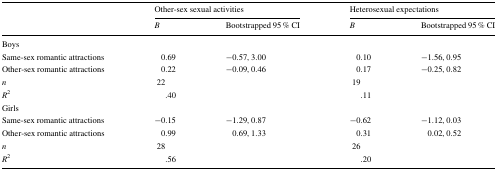
| <ROWSPAN=2>  | <COLSPAN=2> Other-sex sexual activities | <COLSPAN=2> Heterosexual expectations |
 | B | Bootstrapped 95 % CI | B | Bootstrapped 95 % CI |
 | --- | --- | --- | --- | --- |
 | Boys |  |  |  |  |
 | Same-sex romantic attractions | 0.69 | −0.57, 3.00 | 0.10 | −1.56, 0.95 |
 | Other-sex romantic attractions | 0.22 | −0.09, 0.46 | 0.17 | −0.25, 0.82 |
 | n | 22 |  | 19 |  |
 | R2 | .40 |  | .11 |  |
 | Girls |  |  |  |  |
 | Same-sex romantic attractions | −0.15 | −1.29, 0.87 | −0.62 | −1.12, 0.03 |
 | Other-sex romantic attractions | 0.99 | 0.69, 1.33 | 0.31 | 0.02, 0.52 |
 | n | 28 |  | 26 |  |
 | R2 | .56 |  | .20 |  |